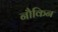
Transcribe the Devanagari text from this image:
नौकिन